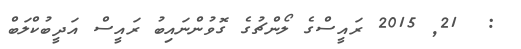
:  21